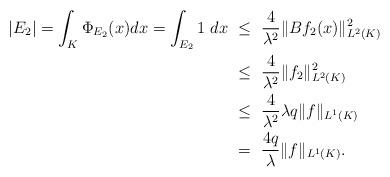
LaTeX: \begin{align*} |E_2| = \int_K \Phi_{E_2}(x)dx =\int_{E_2} 1~ dx & ~\leq ~\dfrac{4}{{\lambda}^2} \|B f_2(x)\|^2_{L^2(K)} \\ & ~\leq ~ \dfrac{4}{{\lambda}^2} \| f_2\|^2_{L^2(K)} \\ & ~\leq~ \dfrac{4}{{\lambda}^2} \lambda q\| f\|_{L^1(K)} \\ & ~= ~\dfrac{4q }{\lambda}\|f\|_{L^1(K)}. \end{align*}